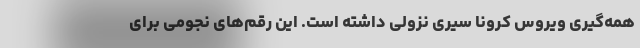
همه‌گیری ویروس کرونا سیری نزولی داشته است. این رقم‌های نجومی برای